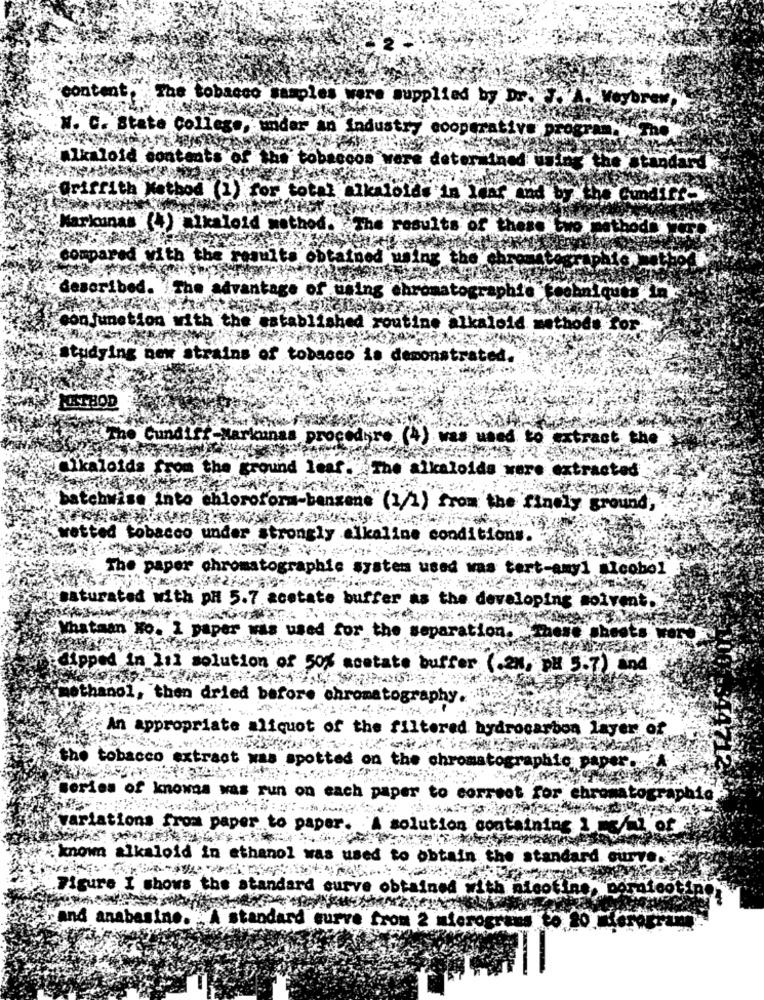
"content.
The tobacco samples were supplied by Dr. J.
brew
M. C. State College, undar an industry cooperative .p
Alkaloid
cents of the tob
determined
th Kett
thod
for tota
loids'in Year.
Markuna
(4) alkaloid method
results of the
compared with
the
caults obtained using the
describe
The
antage of using chromatographie
sokniques
con junetion
th the establi
shed routine alkaloid methods
Or
studying new strains of tobacco is demonstrated.
METHOD
Cundiff
arkunas procedure. (4) was used to extract the
ialkaloids
rom the ground leaf. The alkaloids were extracted
batchwise into chloroform-benzene (1/1) from the finely ground,
vetted tobacco under strongly alkaline conditions
The pap
matographie
syste
sed was tert-amyl alcobol
saturated
th pH 5.7. aostate buffer
he developing solvent.
"Whataan Ko. I paper was used for th
aration.
sheets wer
dipped in lil solution of 50% acetate buffer (.2K, PH 5.7) and
methanol, then dried bef
OTO
An appropriate aliquot of the
red hydrocarbon layer of
the
tobacco
phic
aper.
of
ach paper
root for chromatographic
var
Lons
tion
taining 1
chi of
known
alkaloid in ethanol
used
obtain
tandard curve
.Figure I shows the standard
eur
ined
bottine
and anabasine.
A standard curve from 2 mierog